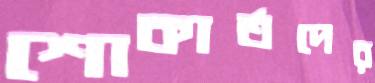
শোকার্তদের